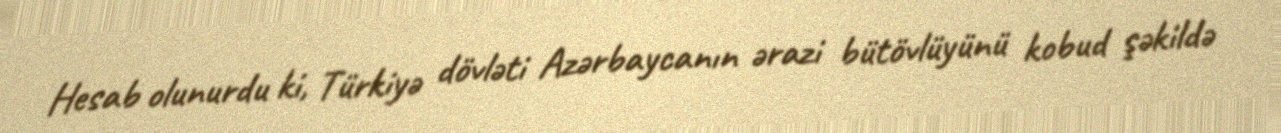
Hesab olunurdu ki, Türkiyə dövləti Azərbaycanın ərazi bütövlüyünü kobud şəkildə